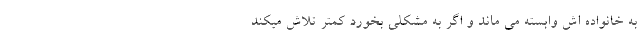
به خانواده اش وابسته می ماند و اگر به مشکلی بخورد کمتر تلاش میکند